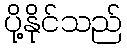
ပို့နိုင်သည်